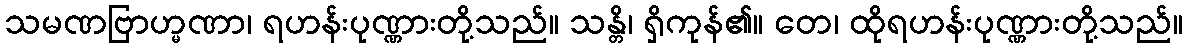
သမဏဗြာဟ္မဏာ၊ ရဟန်းပုဏ္ဏားတို့သည်။ သန္တိ၊ ရှိကုန်၏။ တေ၊ ထိုရဟန်းပုဏ္ဏားတို့သည်။